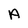
Character: A